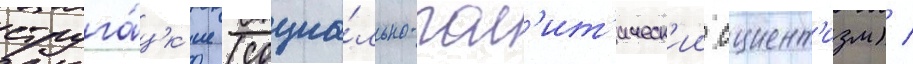
струга́цк'ие (социа́льно-пол'ит'ическ'ии сциент'изм) /